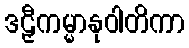
ဒဠှီကမ္မာနုဝါတိကာ